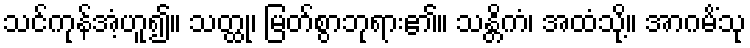
သင်ကုန်အံ့ဟူ၍။ သတ္ထု၊ မြတ်စွာဘုရား၏။ သန္တိကံ၊ အထံသို့။ အာဂမိံသု